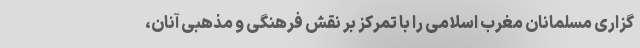
گزاری مسلمانان مغرب اسلامی را با تمرکز بر نقش فرهنگی و مذهبی آنان،